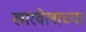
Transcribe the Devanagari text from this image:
खारवेलाच्या